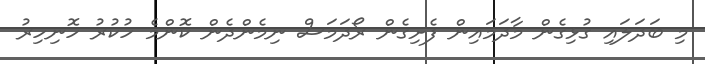
މި ބަދަލައި ގުޅިގެން މާދަމައިން ފެށިގެން ރޯދަމަސް ނިމެންދެން ކޮންމެ ހުކުރު ހޮނިހިރު